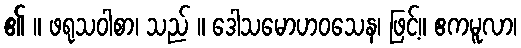
၏ ။ ဖရုသဝါစာ၊ သည် ။ ဒေါသမောဟဝသေန၊ ဖြင့်။ ဧကမူလာ၊